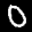
Label: 0